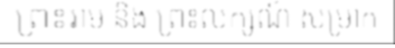
ព្រះរាម និង ព្រះលក្សណ៍ សម្រាក